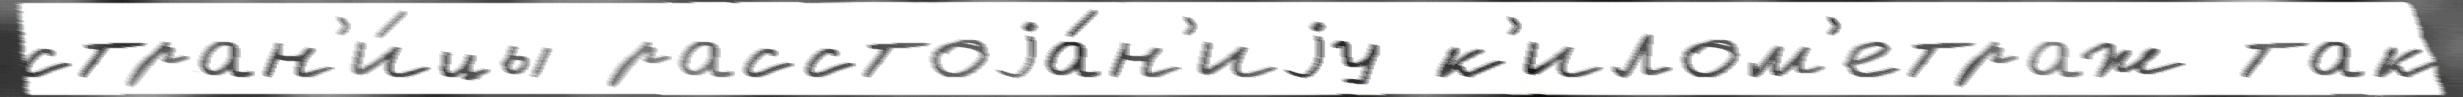
стран'и́цы расстоjа́н'иjу к'илом'етраж так